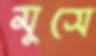
মুসে